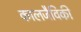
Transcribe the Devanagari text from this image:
कालजैविकी